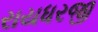
રાયધરજી